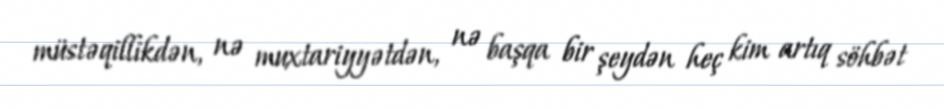
müstəqillikdən, nə muxtariyyətdən, nə başqa bir şeydən heç kim artıq söhbət